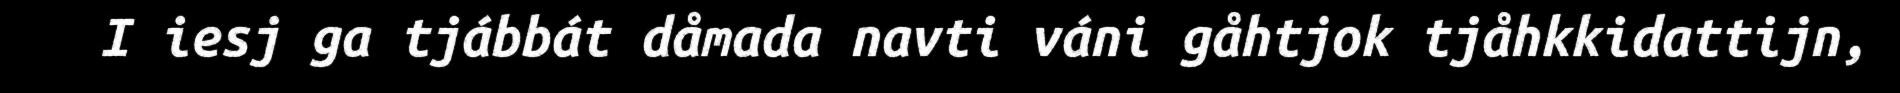
I iesj ga tjábbát dåmada navti váni gåhtjok tjåhkkidattijn,